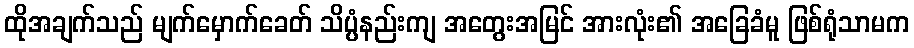
ထိုအချက်သည် မျက်မှောက်ခေတ် သိပ္ပံနည်းကျ အတွေးအမြင် အားလုံး၏ အခြေခံမူ ဖြစ်ရုံသာမက